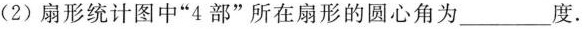
(2)扇形统计图中”4部”所在扇形的圆心角为___度。